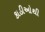
કાઠીઓથી